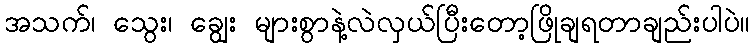
အသက်၊ သွေး၊ ချွေး များစွာနဲ့လဲလှယ်ပြီးတော့ဖြိုချရတာချည်းပါပဲ။